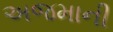
અજમાની